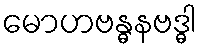
မောဟဗန္ဓနဗဒ္ဓါ